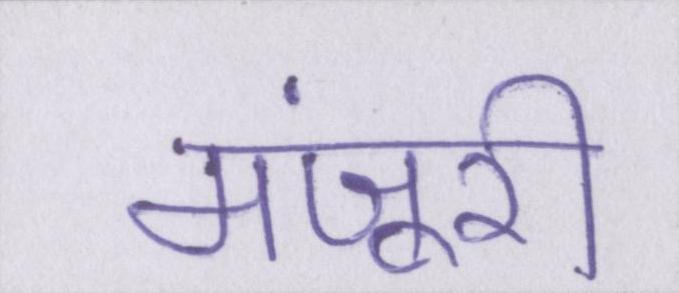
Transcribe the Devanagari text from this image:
मंजूरी